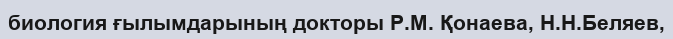
биология ғылымдарының докторы Р.М. Қонаева, Н.Н.Беляев,